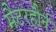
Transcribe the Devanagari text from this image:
मैटरहौर्न